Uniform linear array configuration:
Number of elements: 4
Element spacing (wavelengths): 0.75
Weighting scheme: kaiser
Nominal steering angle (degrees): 45
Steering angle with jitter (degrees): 45.745
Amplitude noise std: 0.05
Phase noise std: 0.05

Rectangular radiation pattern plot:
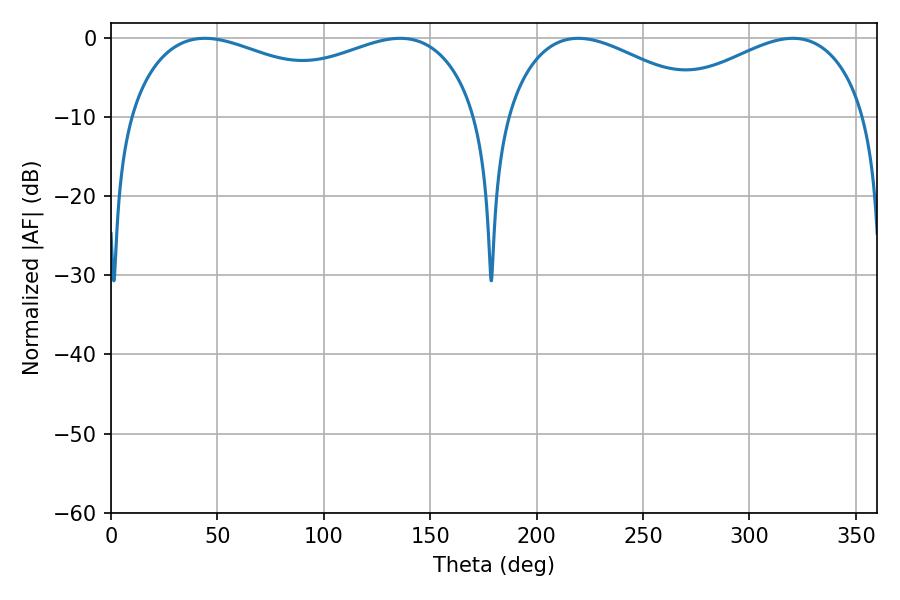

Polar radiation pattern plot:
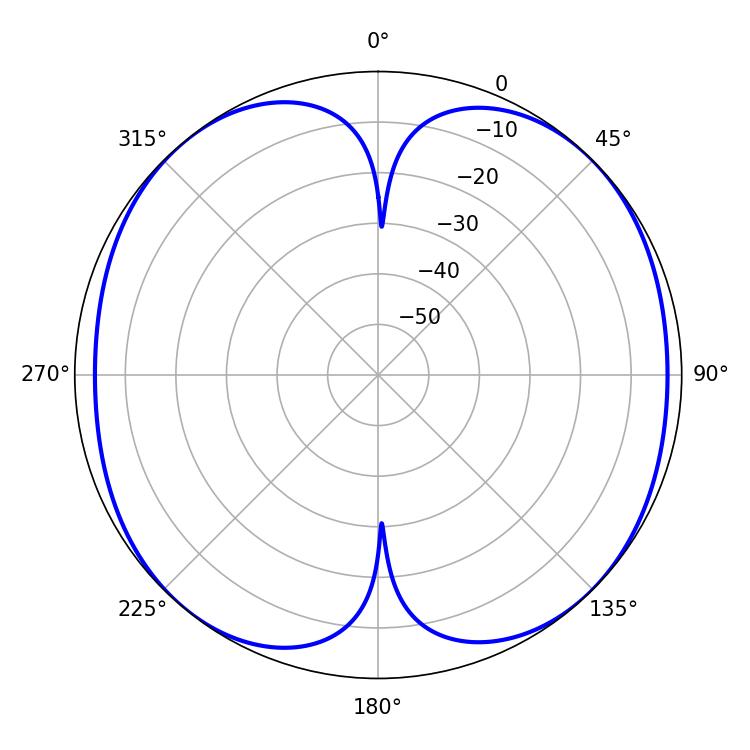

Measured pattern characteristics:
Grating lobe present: TRUE
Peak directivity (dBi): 12.2
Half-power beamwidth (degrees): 135.36
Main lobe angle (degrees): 44.1